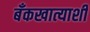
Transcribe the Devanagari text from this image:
बँकखात्याशी